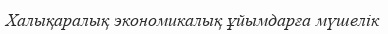
Халықаралық экономикалық ұйымдарға мүшелік